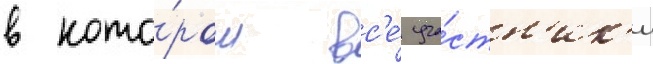
в кото́ром вс'е́ уча́стн'ик'и